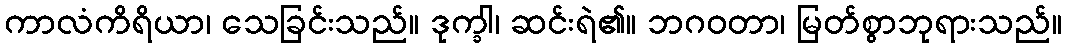
ကာလံကိရိယာ၊ သေခြင်းသည်။ ဒုက္ခါ၊ ဆင်းရဲ၏။ ဘဂဝတာ၊ မြတ်စွာဘုရားသည်။